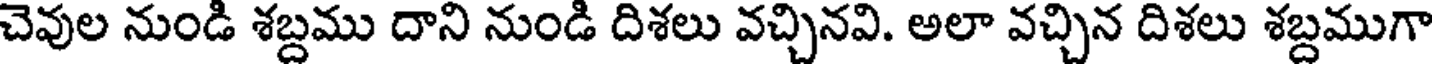
చెవుల నుండి శబ్దము దాని నుండి దిశలు వచ్చినవి. అలా వచ్చిన దిశలు శబ్దముగా